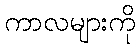
ကာလများကို